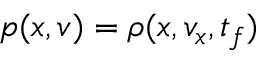
p ( x , v ) = \rho ( x , v _ { x } , t _ { f } )